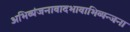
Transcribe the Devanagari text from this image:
अभिव्यंजनावादभावाभिव्यन्जना